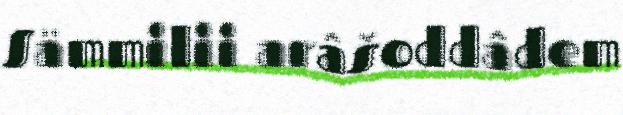
Sämmilii arâšoddâdem